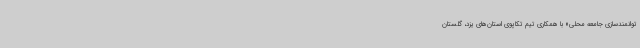
توانمندسازی جامعه محلی» با همکاری تیم تکاپوی استان‌های یزد، گلستان